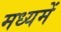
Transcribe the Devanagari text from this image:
मध्‍यमें